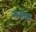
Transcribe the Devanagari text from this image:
ग्लोव्स